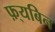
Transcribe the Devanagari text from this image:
फ़्यबिन